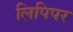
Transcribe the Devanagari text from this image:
लिपिपर